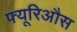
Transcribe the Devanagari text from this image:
फ्यूरिऔस